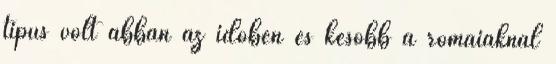
típus volt abban az időben és később a rómaiaknál